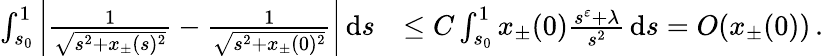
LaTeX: \begin{array}{rl}{\int_{s_{0}}^{1}\left\vert\frac{1}{\sqrt{s^{2}+x_{\pm}(s)^{2}}}-\frac{1}{\sqrt{s^{2}+x_{\pm}(0)^{2}}}\right\vert\, \textnormal{d}s}&{\leq C\int_{s_{0}}^{1}x_{\pm}(0)\frac{s^{\varepsilon}+\lambda}{s^{2}}\, \textnormal{d}s=O(x_{\pm}(0))\, .}\end{array}